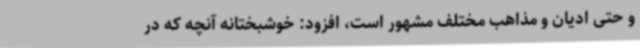
و حتی ادیان و مذاهب مختلف مشهور است، افزود: خوشبختانه آنچه که در